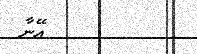
އޭނާ